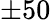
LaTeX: \pm 50